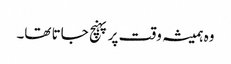
وہ ہمیشہ وقت پر پہنچ جاتا تھا۔